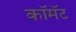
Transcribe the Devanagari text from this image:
कॉमॅट